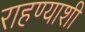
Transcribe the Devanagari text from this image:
राहण्याशी